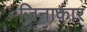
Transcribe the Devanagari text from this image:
ज़िनाकार